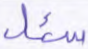
سئل